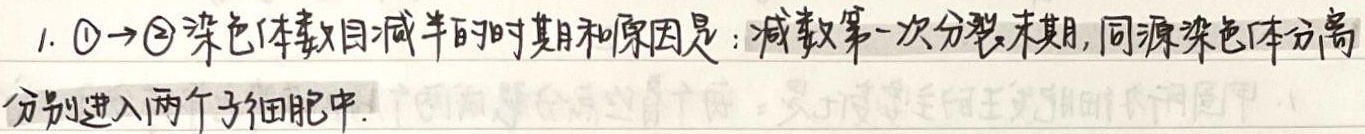
1. \textcircled{1}→\textcircled{2}染色体数目减半的时期和原因是：减数第一次分裂末期，同源染色体分离分别进入两个子细胞中。